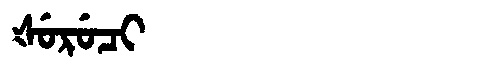
Manchu: ᡧᡠᡵᡠᠴᡳ
Romanization: ŠURUCI